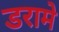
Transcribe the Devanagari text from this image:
डरामे